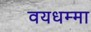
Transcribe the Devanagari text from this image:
वयधम्मा